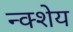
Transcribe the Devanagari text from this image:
न्क्शेय